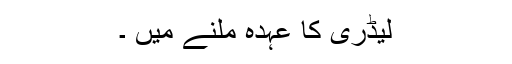
لیڈری کا عہدہ ملنے میں ۔